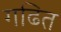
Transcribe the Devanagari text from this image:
गढित